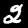
Label: 2